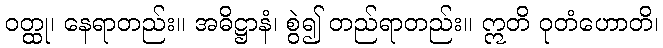
ဝတ္ထု၊ နေရာတည်း။ အဓိဋ္ဌာနံ၊ စွဲ၍ တည်ရာတည်း။ ဣတိ ဝုတံဟောတိ၊